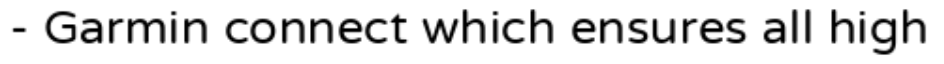
- Garmin connect which ensures all high